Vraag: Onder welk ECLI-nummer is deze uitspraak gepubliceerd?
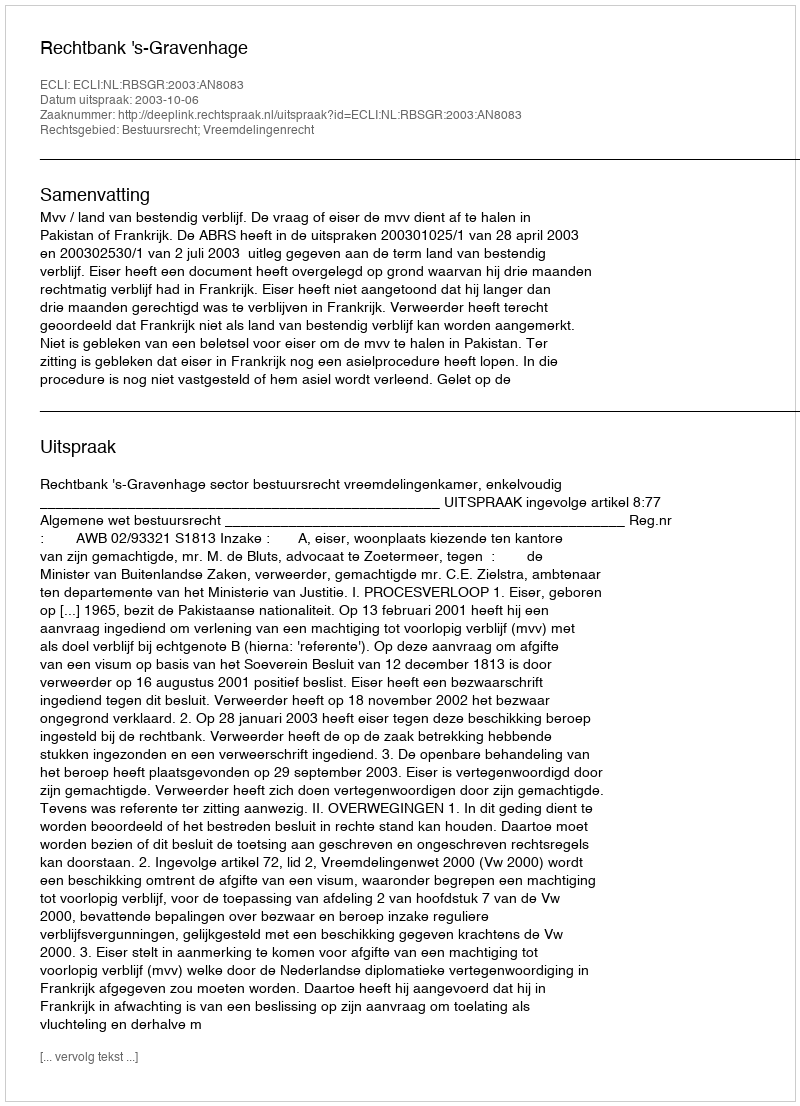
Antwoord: ECLI:NL:RBSGR:2003:AN8083